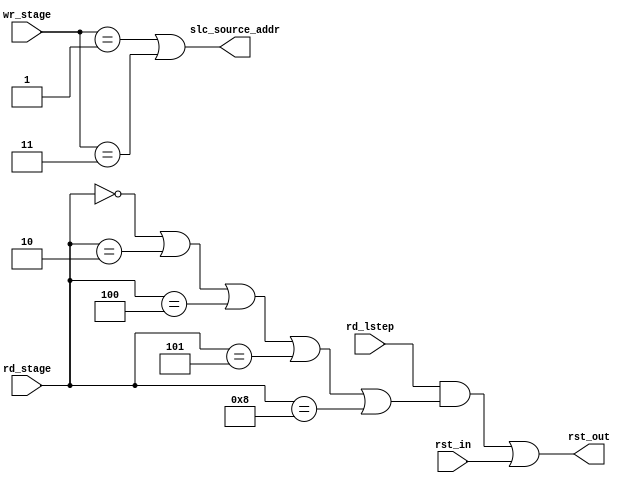
module control_CCntr (
         rd_stage,wr_stage,rd_lstep,
         rst_in,rst_out,slc_source_addr);
  input [3:0] rd_stage,wr_stage;
  input rd_lstep,rst_in;
  output rst_out;
  output slc_source_addr;
  wire yes_rst;  
  //below are the signal comninational logic
  //any unlisted conditions are considered as dont care 
  //combinational logic are calculated manually using karnaugh map
  //yes_rst > 0 id rd_stage=1,3,6,9; 1 if rd_stage=0,2,4,5,8
  assign yes_rst = (rd_stage==4'd0)||(rd_stage==4'd2)||(rd_stage==4'd4)||
                   (rd_stage==4'd5)||(rd_stage==4'd8);
  assign rst_out = (rd_lstep && yes_rst) || rst_in;
  //slc_source_addr > 1 if rd_lstep=1,3 ; 0 otherwise
  assign slc_source_addr = (wr_stage==4'd1)||(wr_stage==4'd3);
endmodule